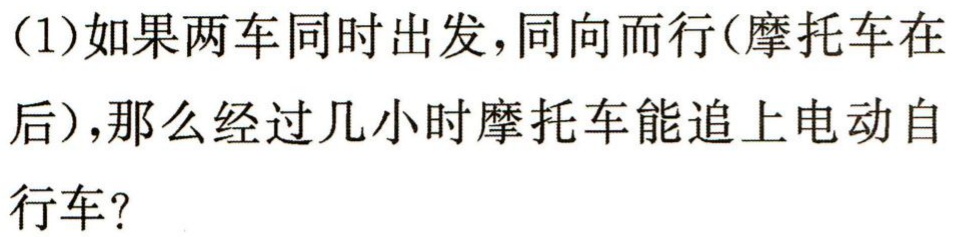
（1）如果两车同时出发，同向而行（摩托车在后），那么经过几小时摩托车能追上电动自行车？